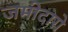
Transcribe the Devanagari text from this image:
जमीदारो